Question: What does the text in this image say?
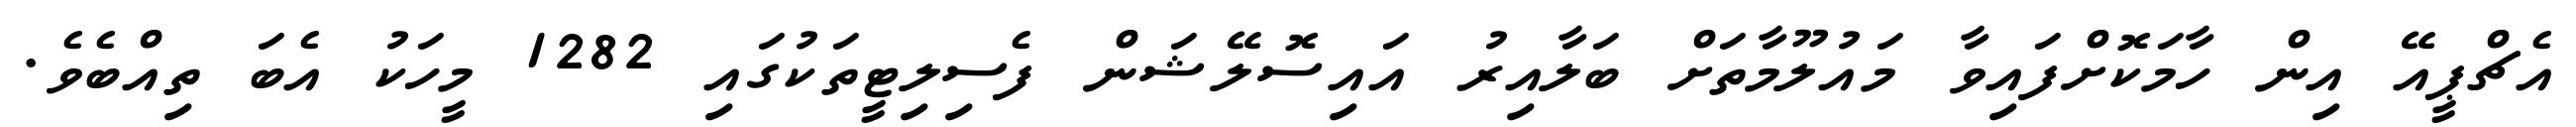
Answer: އެޗްޕީއޭ އިން ހާމަކޮށްފައިވާ މައުލޫމާތަށް ބަލާއިރު އައިސޮލޭޝަން ފެސިލިޓީތަކުގައި 1282 މީހަކު އެބަ ތިއްބެވެ.